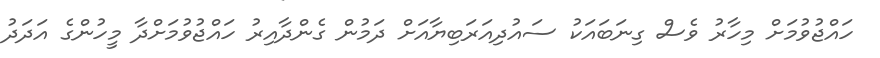
ހައްޖުވުމަށް މިހާރު ވެސް ގިނަބައަކު ސައުދިއަރަބިޔާއަށް ދަމުން ގެންދާއިރު ހައްޖުވުމަށްދާ މީހުންގެ އަދަދު